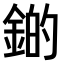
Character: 𫒫